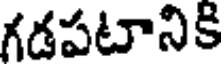
గడపటానికి